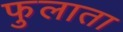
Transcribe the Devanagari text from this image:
फुलाता